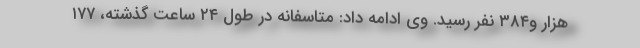
هزار و۳۸۴ نفر رسید. وی ادامه داد: متاسفانه در طول ۲۴ ساعت گذشته، ۱۷۷